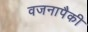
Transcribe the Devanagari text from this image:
वजनापैकी